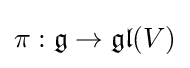
\pi :{\mathfrak {g}}\to {\mathfrak {gl}}(V)